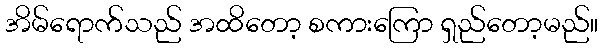
အိမ်ရောက်သည် အထိတော့ စကားကြော ရှည်တော့မည်။